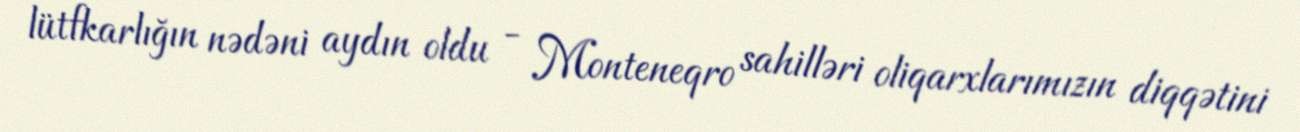
lütfkarlığın nədəni aydın oldu - Monteneqro sahilləri oliqarxlarımızın diqqətini